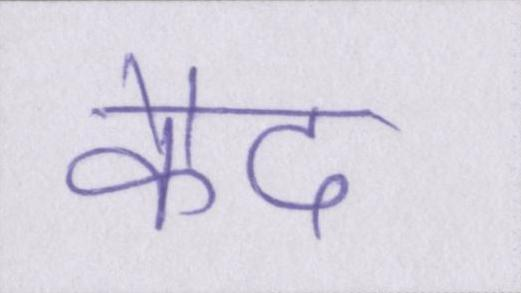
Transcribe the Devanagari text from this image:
कैद